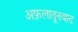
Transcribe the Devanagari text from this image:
अफ़लातूनवाद